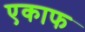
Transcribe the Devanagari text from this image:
एकाफ